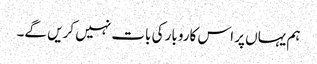
ہم یہاں پر اس کاروبار کی بات نہیں کریں گے۔